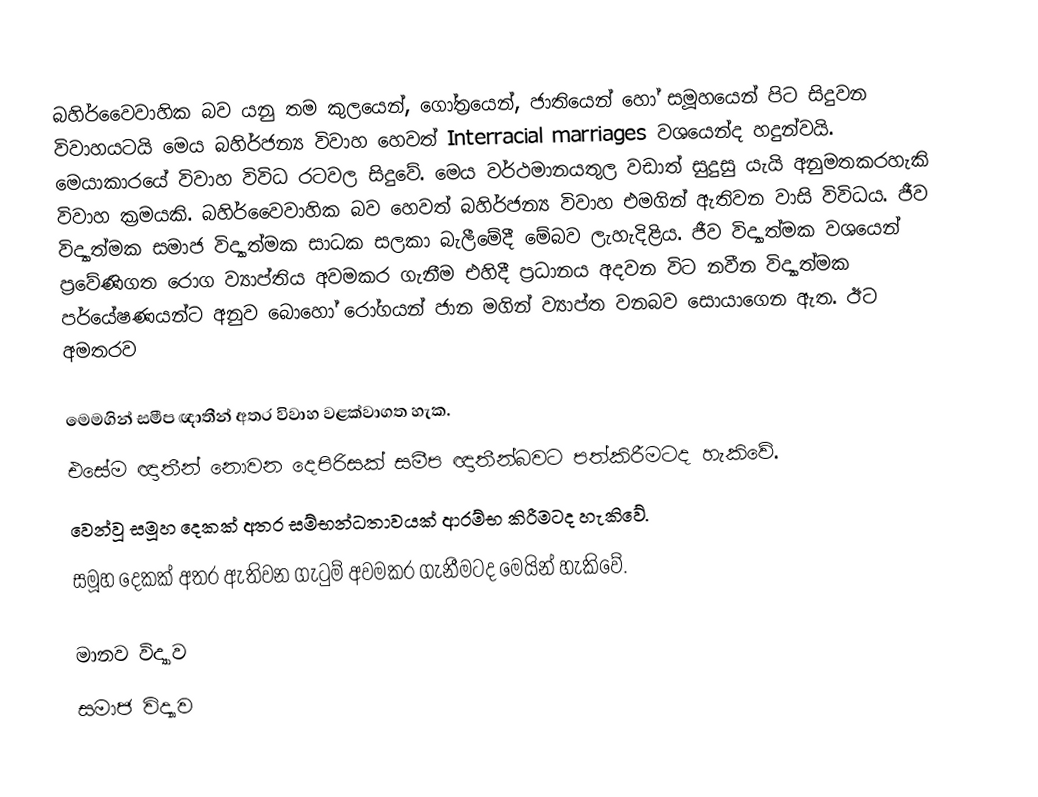
බහිර්වෙෙවාහික බව යනු තම කුලයෙන්, ගෝත්‍රයෙන්, ජාතියෙන් හෝ සමූහයෙන් පිට සිදුවන විවාහයටයි මෙය බහිර්ජන්‍ය විවාහ හෙවත් Interracial marriages වශයෙන්ද හදුන්වයි.   මෙයාකාරයේ විවාහ විවිධ රටවල සිදුවේ. මෙය වර්ථමානයතුල වඩාත් සුදුසු යැයි අනුමතකරහැකි විවාහ ක්‍රමයකි. බහිර්වෙෙවාහික බව හෙවත් බහිර්ජන්‍ය විවාහ එමගින් ඇතිවන වාසි විවිධය. ජීව විද්‍යාත්මක සමාජ විද්‍යාත්මක සාධක සලකා බැලීමේදී මේබව ලැහැදිළිය. ජීව විද්‍යාත්මක වශයෙන් ප්‍රවේණිගත රොග ව්‍යාප්තිය අවමකර ගැනීම එහිදී ප්‍රධානය අදවන විට නවීන විද්‍යාත්මක පර්යේෂණයන්ට අනුව බොහෝ රෝගයන් ජාන මගින් ව්‍යාප්ත වනබව සොයාගෙන ඇත. ඊට අමතරව

මෙමගින් සමීප ඥාතීන් අතර විවාහ වළක්වාගත හැක.
එසේම ඥාතීන් නොවන දෙපිරිසක් සමීප ඥාතීන්බවට පත්කිරීමටද හැකිවේ.
වෙන්වූ සමූහ දෙකක් අතර සම්භන්ධතාවයක් ආරම්භ කිරීමටද හැකිවේ.
සමූහ දෙකක් අතර ඇතිවන ගැටුම් අවමකර ගැනීමටද මෙයින් හැකිවේ.

මානව විද්‍යාව
සමාජ විද්‍යාව